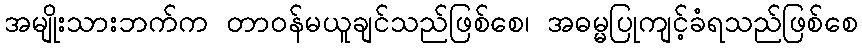
အမျိုးသားဘက်က တာဝန်မယူချင်သည်ဖြစ်စေ၊ အဓမ္မပြုကျင့်ခံရသည်ဖြစ်စေ